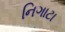
નિગાટા